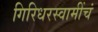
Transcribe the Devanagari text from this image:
गिरिधरस्वामींचं